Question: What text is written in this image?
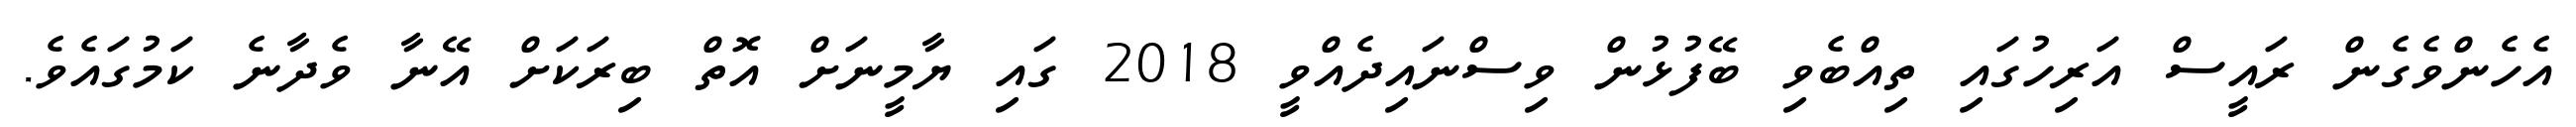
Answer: އެހެންވެގެން ރައީސް އަރިހުގައި ތިއްބެވި ބޭފުޅުން ވިސްނައިދެއްވީ 2018 ގައި ޔާމީނަށް އޮތް ބިރަކަށް އޭނާ ވެދާނެ ކަމުގައެވެ.